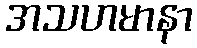
အသဟမာနာ